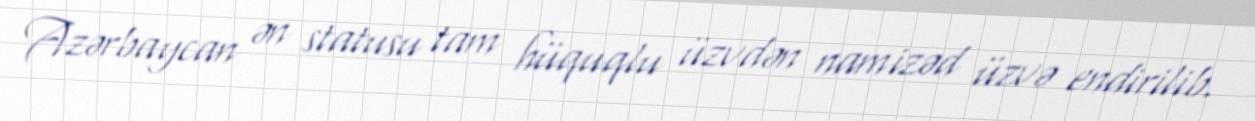
Azərbaycan ən statusu tam hüquqlu üzvdən namizəd üzvə endirilib.